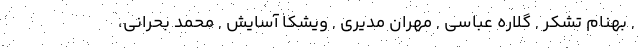
, بهنام تشکر , گلاره عباسی , مهران مدیری , ویشکا آسایش , محمد بحرانی،